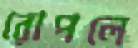
রোপলে